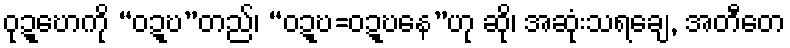
ဝုဍ္ဎောကို “ဝဍ္ဎ”တည်၊ “ဝဍ္ဎ=ဝဍ္ဎနေ”ဟု ဆို၊ အဆုံးသရချေ, အတီတေ